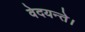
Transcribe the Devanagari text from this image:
वेदयन्ते।